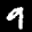
Label: 9